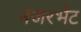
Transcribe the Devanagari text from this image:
नजरभेट